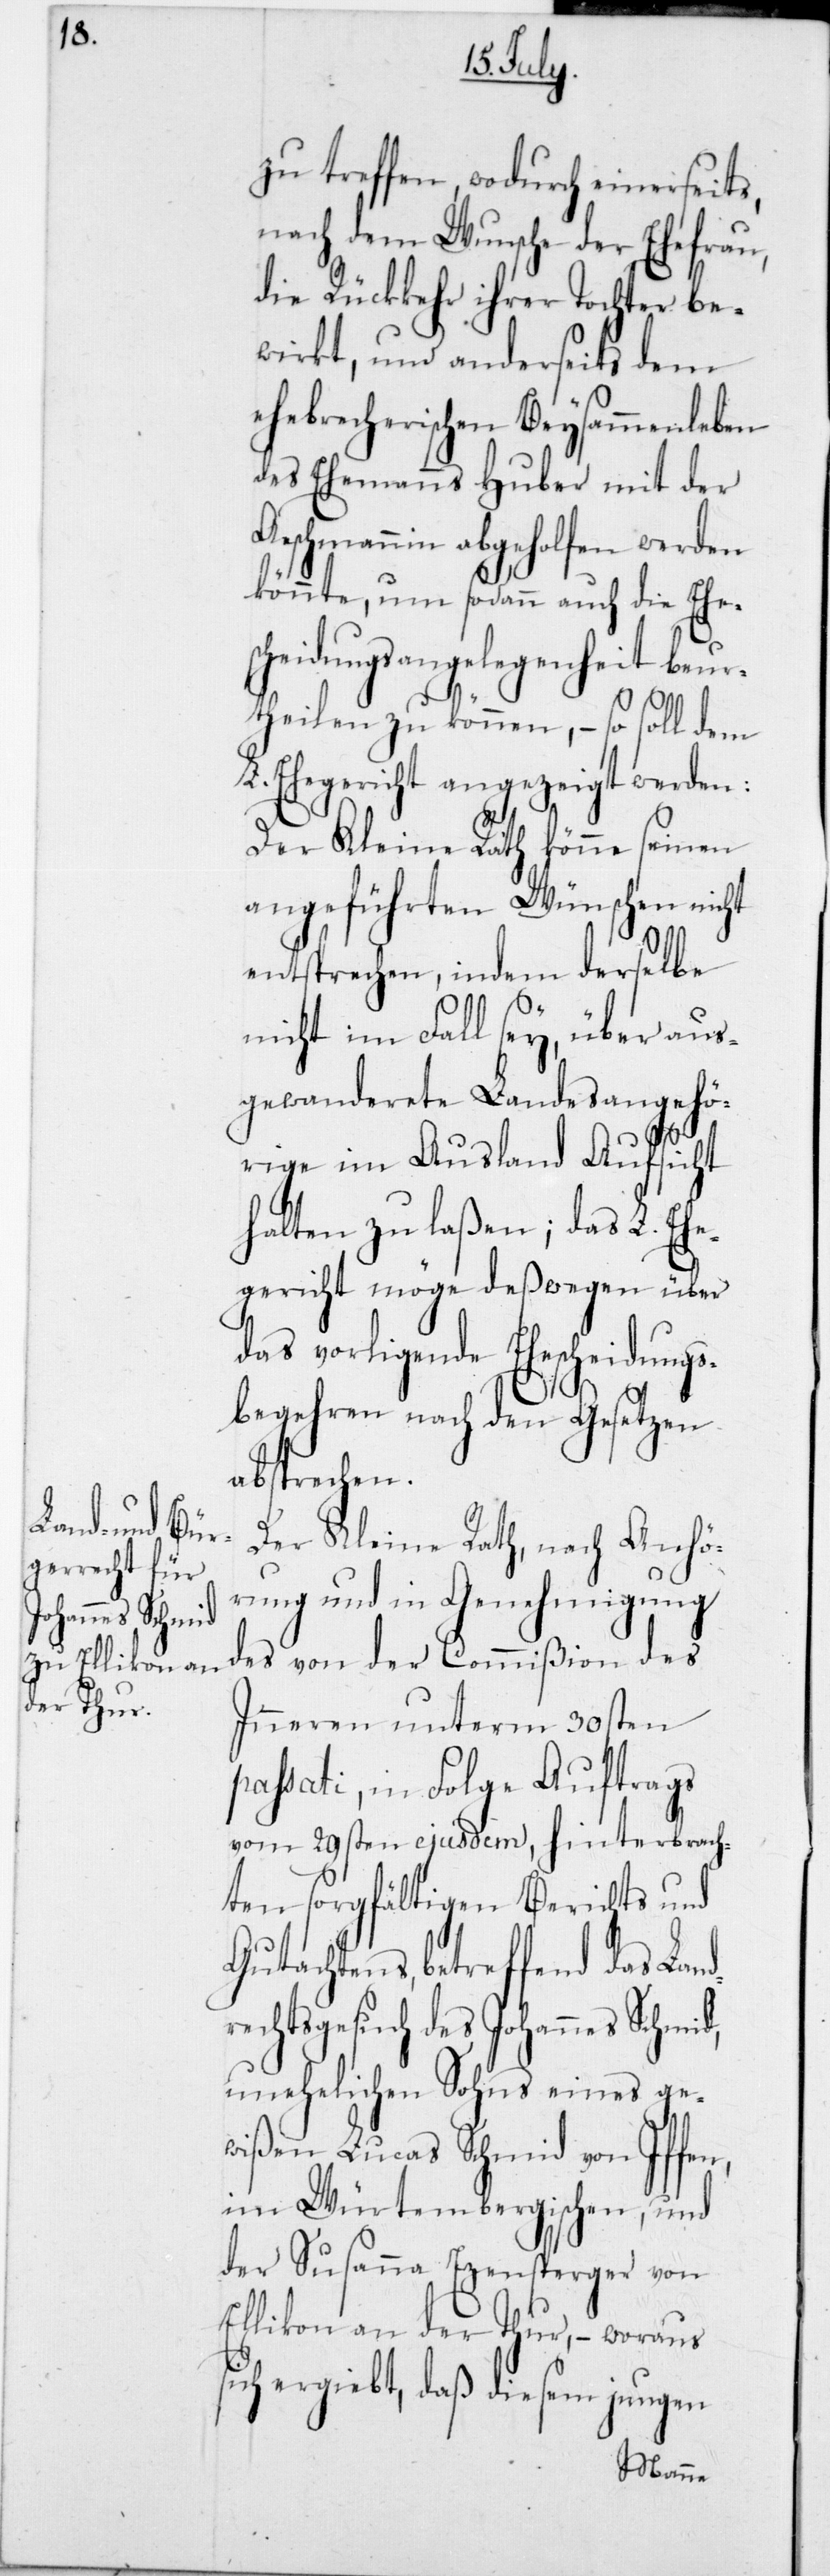
dr¬

treffen, wodurch einerseits,
nach dem Wunsche der Ehefrau,
die Rückkehr ihrer Tochter be¬
wirkt, und anderseits dem
ehebrecherischen Beysammenleben
des Ehemanns Huber mit der
Aeschmannin abgeholfen werden
könnte, um sodann auch die Ehes¬
cheidungsangelegenheit beur¬
theilen zu können, – so soll dem
L. Ehegericht angezeigt werden:
Der Kleine Rath könne seinen
angeführten Wünschen nicht
entsprechen, indem derselbe
nicht im Fall sey, über aus¬
gewanderete Landesangehö¬
rige im Ausland Aufsicht
halten zu laßen; das L. Ehe¬
gericht möge deßwegen über
vorliegende Ehescheidungs¬
begehren nach den Gesetzen
absprechen.
Der Kleine Rath, nach Anhö¬
rung und in Genehmigung
des von der Commißion des
Inneren unterm 30sten
passati, in Folge Auftrags
vom 29sten ejusdem hinterbrach¬
ten sorgfältigen Berichts und
Gutachtens, betreffend das Lan¬
echtsgesuch des Johannes Schmid,
unehelichen Sohns eines ge¬
wißen Lucas Schmid von Iffen
im Würtembergischen, und
der Susanna Ezensperger von
Ellikon an der Thur, – woraus
sich ergiebt, daß diesem jungen